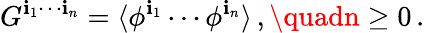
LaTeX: G^{\mathbf{i}_{1}\cdots\mathbf{i}_{n}}=\langle\phi^{\mathbf{i}_{1}}\cdots\phi^{\mathbf{i}_{n}}\rangle\, ,\quadn\geq0\, .